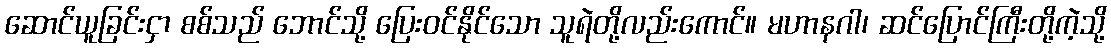
ဆောင်ယူခြင်းငှာ စစ်သည် ဘောင်သို့ ပြေးဝင်နိုင်သော သူရဲတို့လည်းကောင်။ မဟာနဂါ၊ ဆင်ပြောင်ကြီးတို့ကဲ့သို့